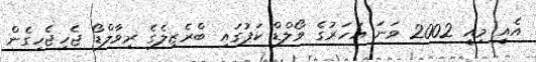
އެއީ މިއީ 2002 ވަނަ އަހަރުގެ ވޯލްޑް ކަޕުގައި ބްރެޒިލެގެ ރިވާލްޑޯ ޖެހިޖެހިގެން